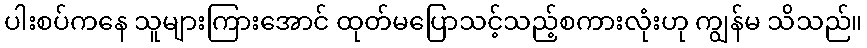
ပါးစပ်ကနေ သူများကြားအောင် ထုတ်မပြောသင့်သည့်စကားလုံးဟု ကျွန်မ သိသည်။